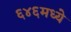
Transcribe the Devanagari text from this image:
६४६मध्ये